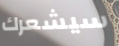
سيشعرك